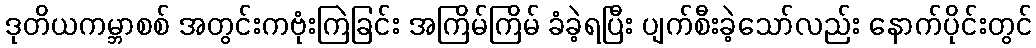
ဒုတိယကမ္ဘာစစ် အတွင်းကဗုံးကြဲခြင်း အကြိမ်ကြိမ် ခံခဲ့ရပြီး ပျက်စီးခဲ့သော်လည်း နောက်ပိုင်းတွင်